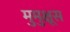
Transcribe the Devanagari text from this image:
मुमुक्षूस